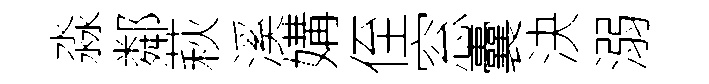
淼鄰萩溪媾侄窓囊決溺